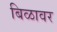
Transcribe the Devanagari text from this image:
बिळावर